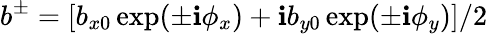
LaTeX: b^{\pm}=\left[b_{x0}\exp(\pm\mathbf{i}\phi_{x})+\mathbf{i}b_{y0}\exp(\pm\mathbf{i}\phi_{y})\right]/2